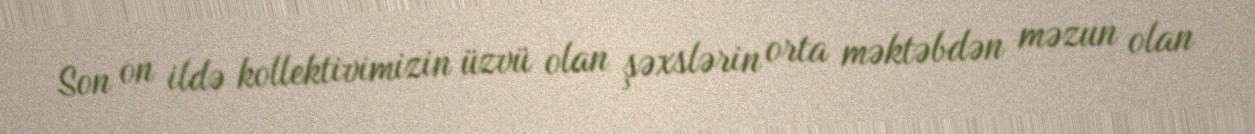
Son on ildə kollektivimizin üzvü olan şəxslərin orta məktəbdən məzun olan